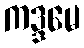
ကဒ္ဒမေ